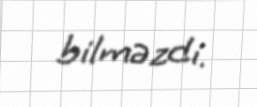
bilməzdi.